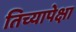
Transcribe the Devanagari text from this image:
तिच्यापेक्षा